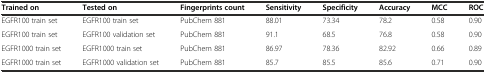
<table><thead><tr><td><b>Trained on</b></td><td><b>Tested on</b></td><td><b>Fingerprints count</b></td><td><b>Sensitivity</b></td><td><b>Specificity</b></td><td><b>Accuracy</b></td><td><b>MCC</b></td><td><b>ROC</b></td></tr></thead><tbody><tr><td>EGFR100 train set</td><td>EGFR100 train set</td><td>PubChem 881</td><td>88.01</td><td>73.34</td><td>78.2</td><td>0.58</td><td>0.90</td></tr><tr><td>EGFR100 train set</td><td>EGFR100 validation set</td><td>PubChem 881</td><td>91.1</td><td>68.5</td><td>76.8</td><td>0.58</td><td>0.90</td></tr><tr><td>EGFR1000 train set</td><td>EGFR1000 train set</td><td>PubChem 881</td><td>86.97</td><td>78.36</td><td>82.92</td><td>0.66</td><td>0.89</td></tr><tr><td>EGFR1000 train set</td><td>EGFR1000 validation set</td><td>PubChem 881</td><td>85.7</td><td>85.5</td><td>85.6</td><td>0.71</td><td>0.90</td></tr></tbody></table>